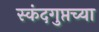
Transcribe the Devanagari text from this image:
स्कंदगुप्तच्या